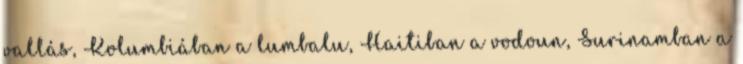
vallás, Kolumbiában a lumbalu, Haitiban a vodoun, Surinamban a